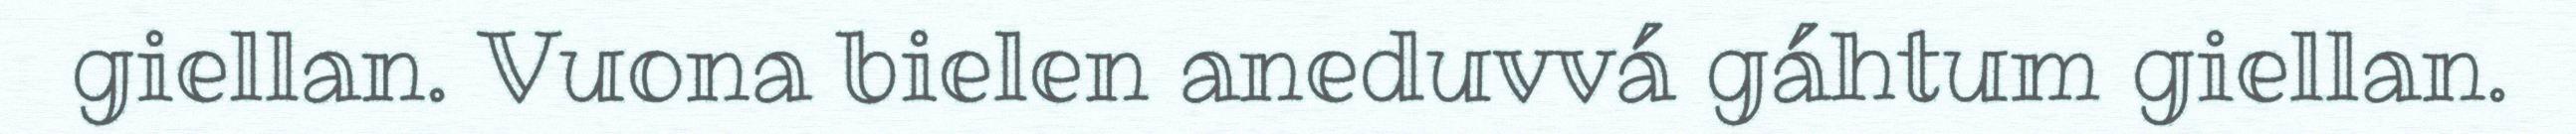
giellan. Vuona bielen aneduvvá gáhtum giellan.